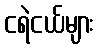
ငရဲငယ်များ